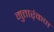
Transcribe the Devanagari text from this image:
मुत्तार्ंकण